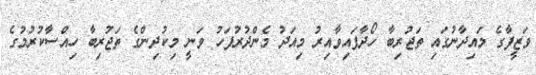
ވަޒީފާގެ މައިދާނުގައި ތަޖުރިބާ ހޯދާފައިވާއިރު މިއަދު މެންދުރުފަހު ވަނީ މިކުދިންގެ ތަޖުރިބާ ހިއްސާކުރުމުގެ